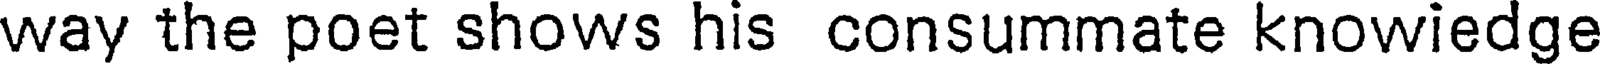
way the poet shows his consummate knowiedge